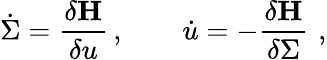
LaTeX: \dot{\Sigma}=\frac{\delta{\mathbf H}}{\delta u}\, ,\qquad\dot{u}=-\frac{\delta{\mathbf H}}{\delta\Sigma}\, \, ,